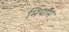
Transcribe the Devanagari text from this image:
मिपाम